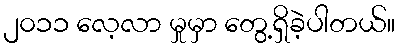
၂၀၁၁ လေ့လာ မှုမှာ တွေ့ရှိခဲ့ပါတယ်။